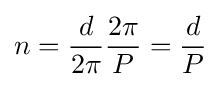
n={\frac {d}{2\pi }}{\frac {2\pi }{P}}={\frac {d}{P}}